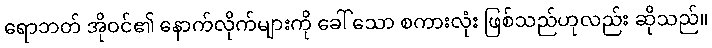
ရောဘတ် အိုဝင်၏ နောက်လိုက်များကို ခေါ် သော စကားလုံး ဖြစ်သည်ဟုလည်း ဆိုသည်။